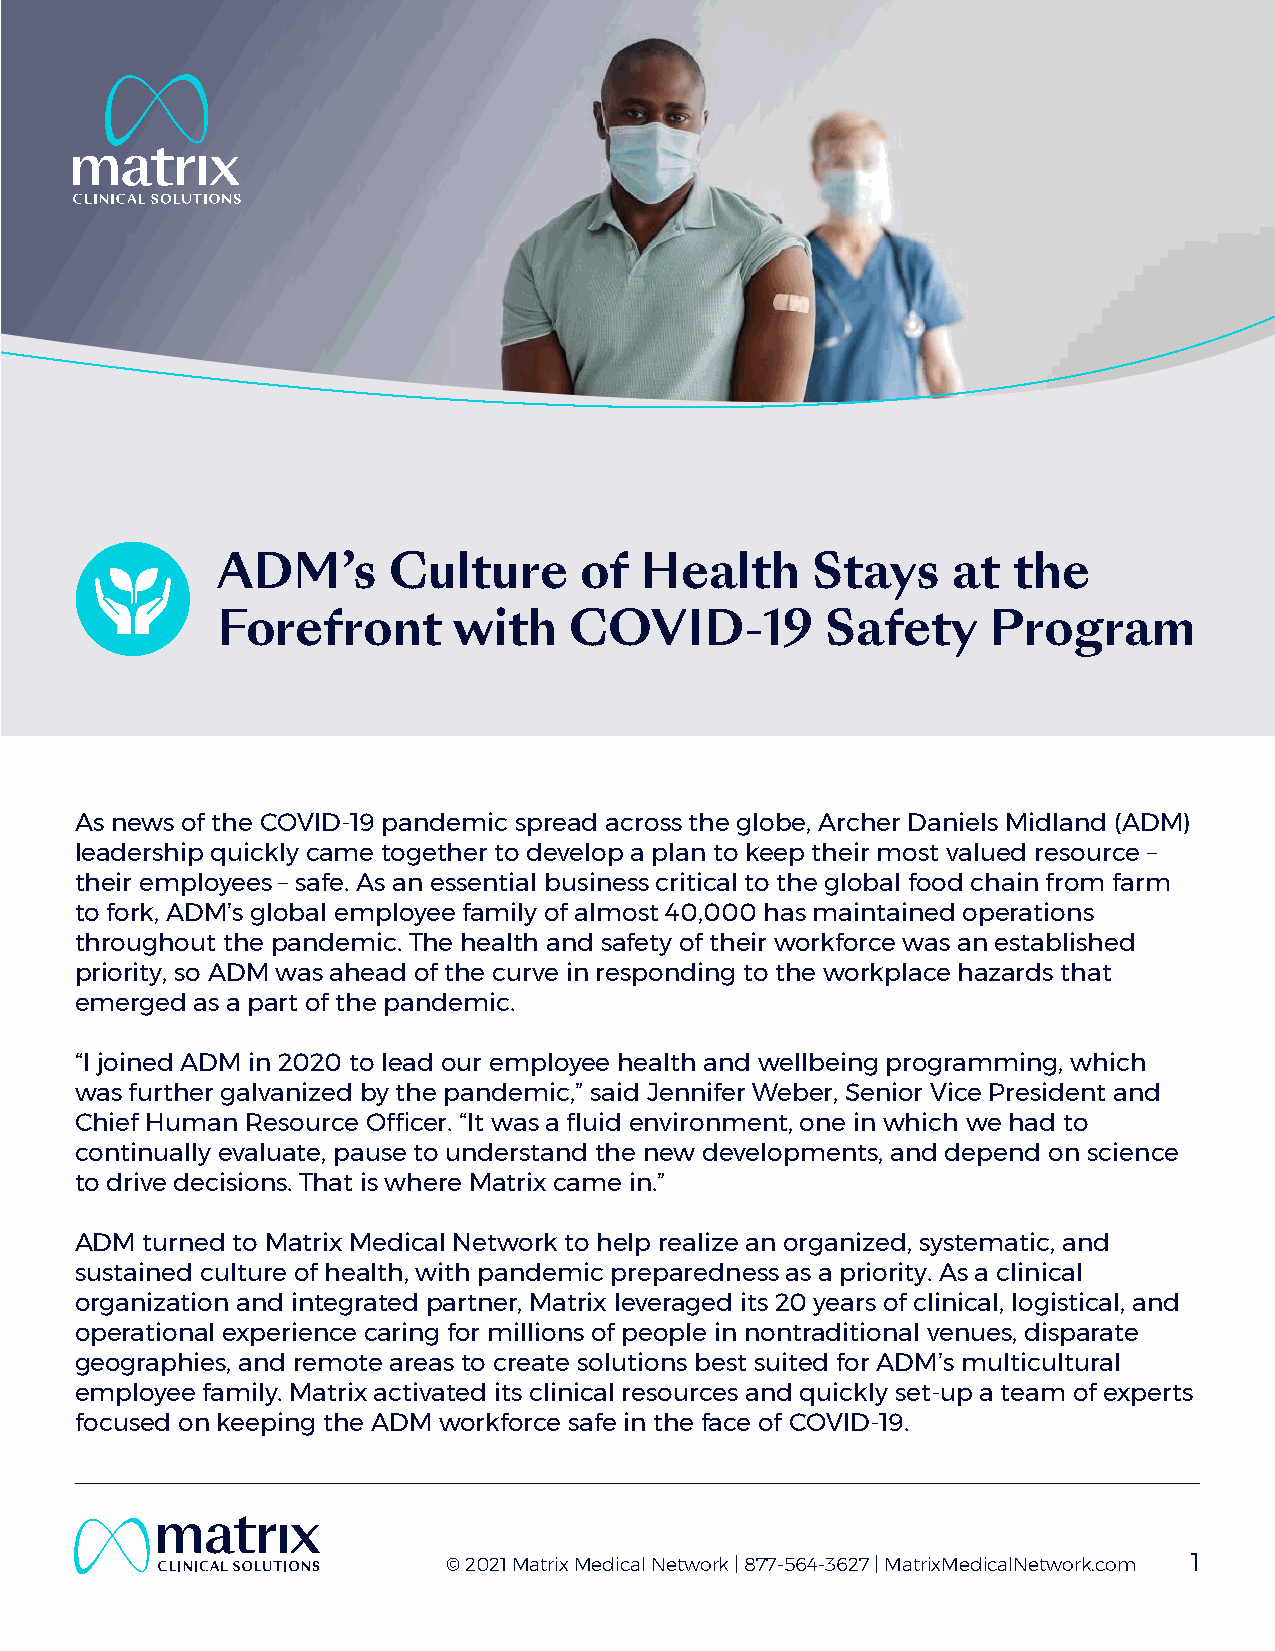
ADM’s       Culture     of  Health      Stays    at  the
 Forefront       with    COVID-19         Safety     Program
 As news of the COVID-19 pandemic spread across the globe, Archer Daniels Midland (ADM)
 leadership quickly came together to develop a plan to keep their most valued resource –
 their employees – safe. As an essential business critical to the global food chain from farm
 to fork, ADM’s global employee family of almost 40,000 has maintained operations
 throughout the pandemic. The health and safety of their workforce was an established
 priority, so ADM was ahead of the curve in responding to the workplace hazards that
 emerged as a part of the pandemic.
 “I joined ADM in 2020 to lead our employee health and wellbeing programming, which
 was further galvanized by the pandemic,” said Jennifer Weber, Senior Vice President and
 Chief Human Resource Officer. “It was a fluid environment, one in which we had to
 continually evaluate, pause to understand the new developments, and depend on science
 to drive decisions. That is where Matrix came in.”
 ADM turned to Matrix Medical Network to help realize an organized, systematic, and
 sustained culture of health, with pandemic preparedness as a priority. As a clinical
 organization and integrated partner, Matrix leveraged its 20 years of clinical, logistical, and
 operational experience caring for millions of people in nontraditional venues, disparate
 geographies, and remote areas to create solutions best suited for ADM’s multicultural
 employee family. Matrix activated its clinical resources and quickly set-up a team of experts
 focused on keeping the ADM workforce safe in the face of COVID-19.
 © 2021 Matrix Medical Network | 877-564-3627 | MatrixMedicalNetwork.com 1